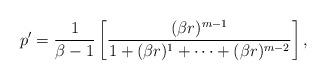
LaTeX: \begin{align*}p' &= \frac{1}{\beta - 1} \left[ \frac{(\beta r)^{m-1}} {1 + (\beta r)^1 + \cdots + (\beta r)^{m-2}} \right],\end{align*}